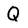
Character: Q